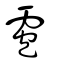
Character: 雹